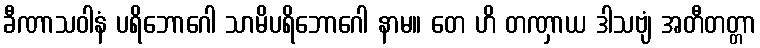
ခီဏာသဝါနံ ပရိဘောဂေါ သာမိပရိဘောဂေါ နာမ။ တေ ဟိ တဏှာယ ဒါသဗျံ အတီတတ္တာ